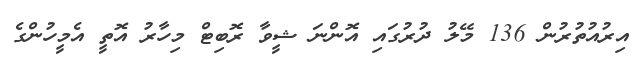
އިރުއުތުރުން 136 މޭލު ދުރުގައި އޮންނަ ޝީވާ ރޮބިޓް މިހާރު އޮތީ އެމީހުންގެ